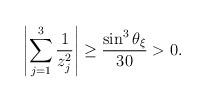
LaTeX: \begin{align*}\left|\sum_{j=1}^3 \frac{1}{z_j^2} \right| \geq \frac{\sin^3\theta_\xi }{30} >0.\end{align*}